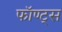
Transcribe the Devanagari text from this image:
फॉण्ट्स